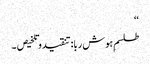
‘‘
طلسمِ ہوش ربا:تنقیدوتلخیص ۔